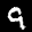
Label: 9